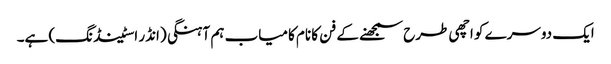
ایک دوسرے کو اچھی طرح سمجھنے کے فن کا نام کامیاب ہم آہنگی (انڈر اسٹینڈنگ) ہے۔